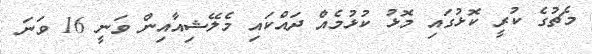
މެޗުގެ ކުރީ ކޮޅުގައި މޮޅު ކުޅުމެއް ދައްކައި މެލޭޝިއާއިން ވަނީ 16 ވަނަ